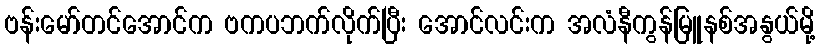
ဗန်းမော်တင်အောင်က ဗကပဘက်လိုက်ပြီး အောင်လင်းက အလံနီကွန်မြူနစ်အနွယ်မို့